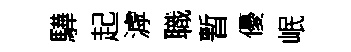
驊起滹職暫優岷